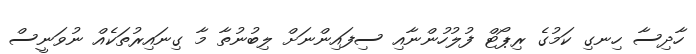
ހާދިސާ ހިނގި ކަމުގެ ރިޕޯޓް ފުލުހުންނާއި ސިފައިންނަށް ލިބުނުތާ މާ ގިނައިރުތަކެއް ނުވަނީސް